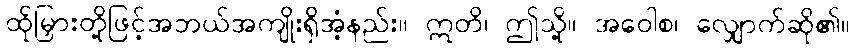
ထိုမြှားတို့ဖြင့်အဘယ်အကျိုးရှိအံ့နည်း။ ဣတိ၊ ဤသို့။ အဝေါစ၊ လျှောက်ဆို၏။